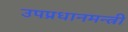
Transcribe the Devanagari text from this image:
उपप्रधानमन्त्री